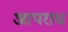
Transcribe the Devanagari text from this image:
आपराध